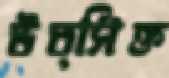
উত্সিক্ত